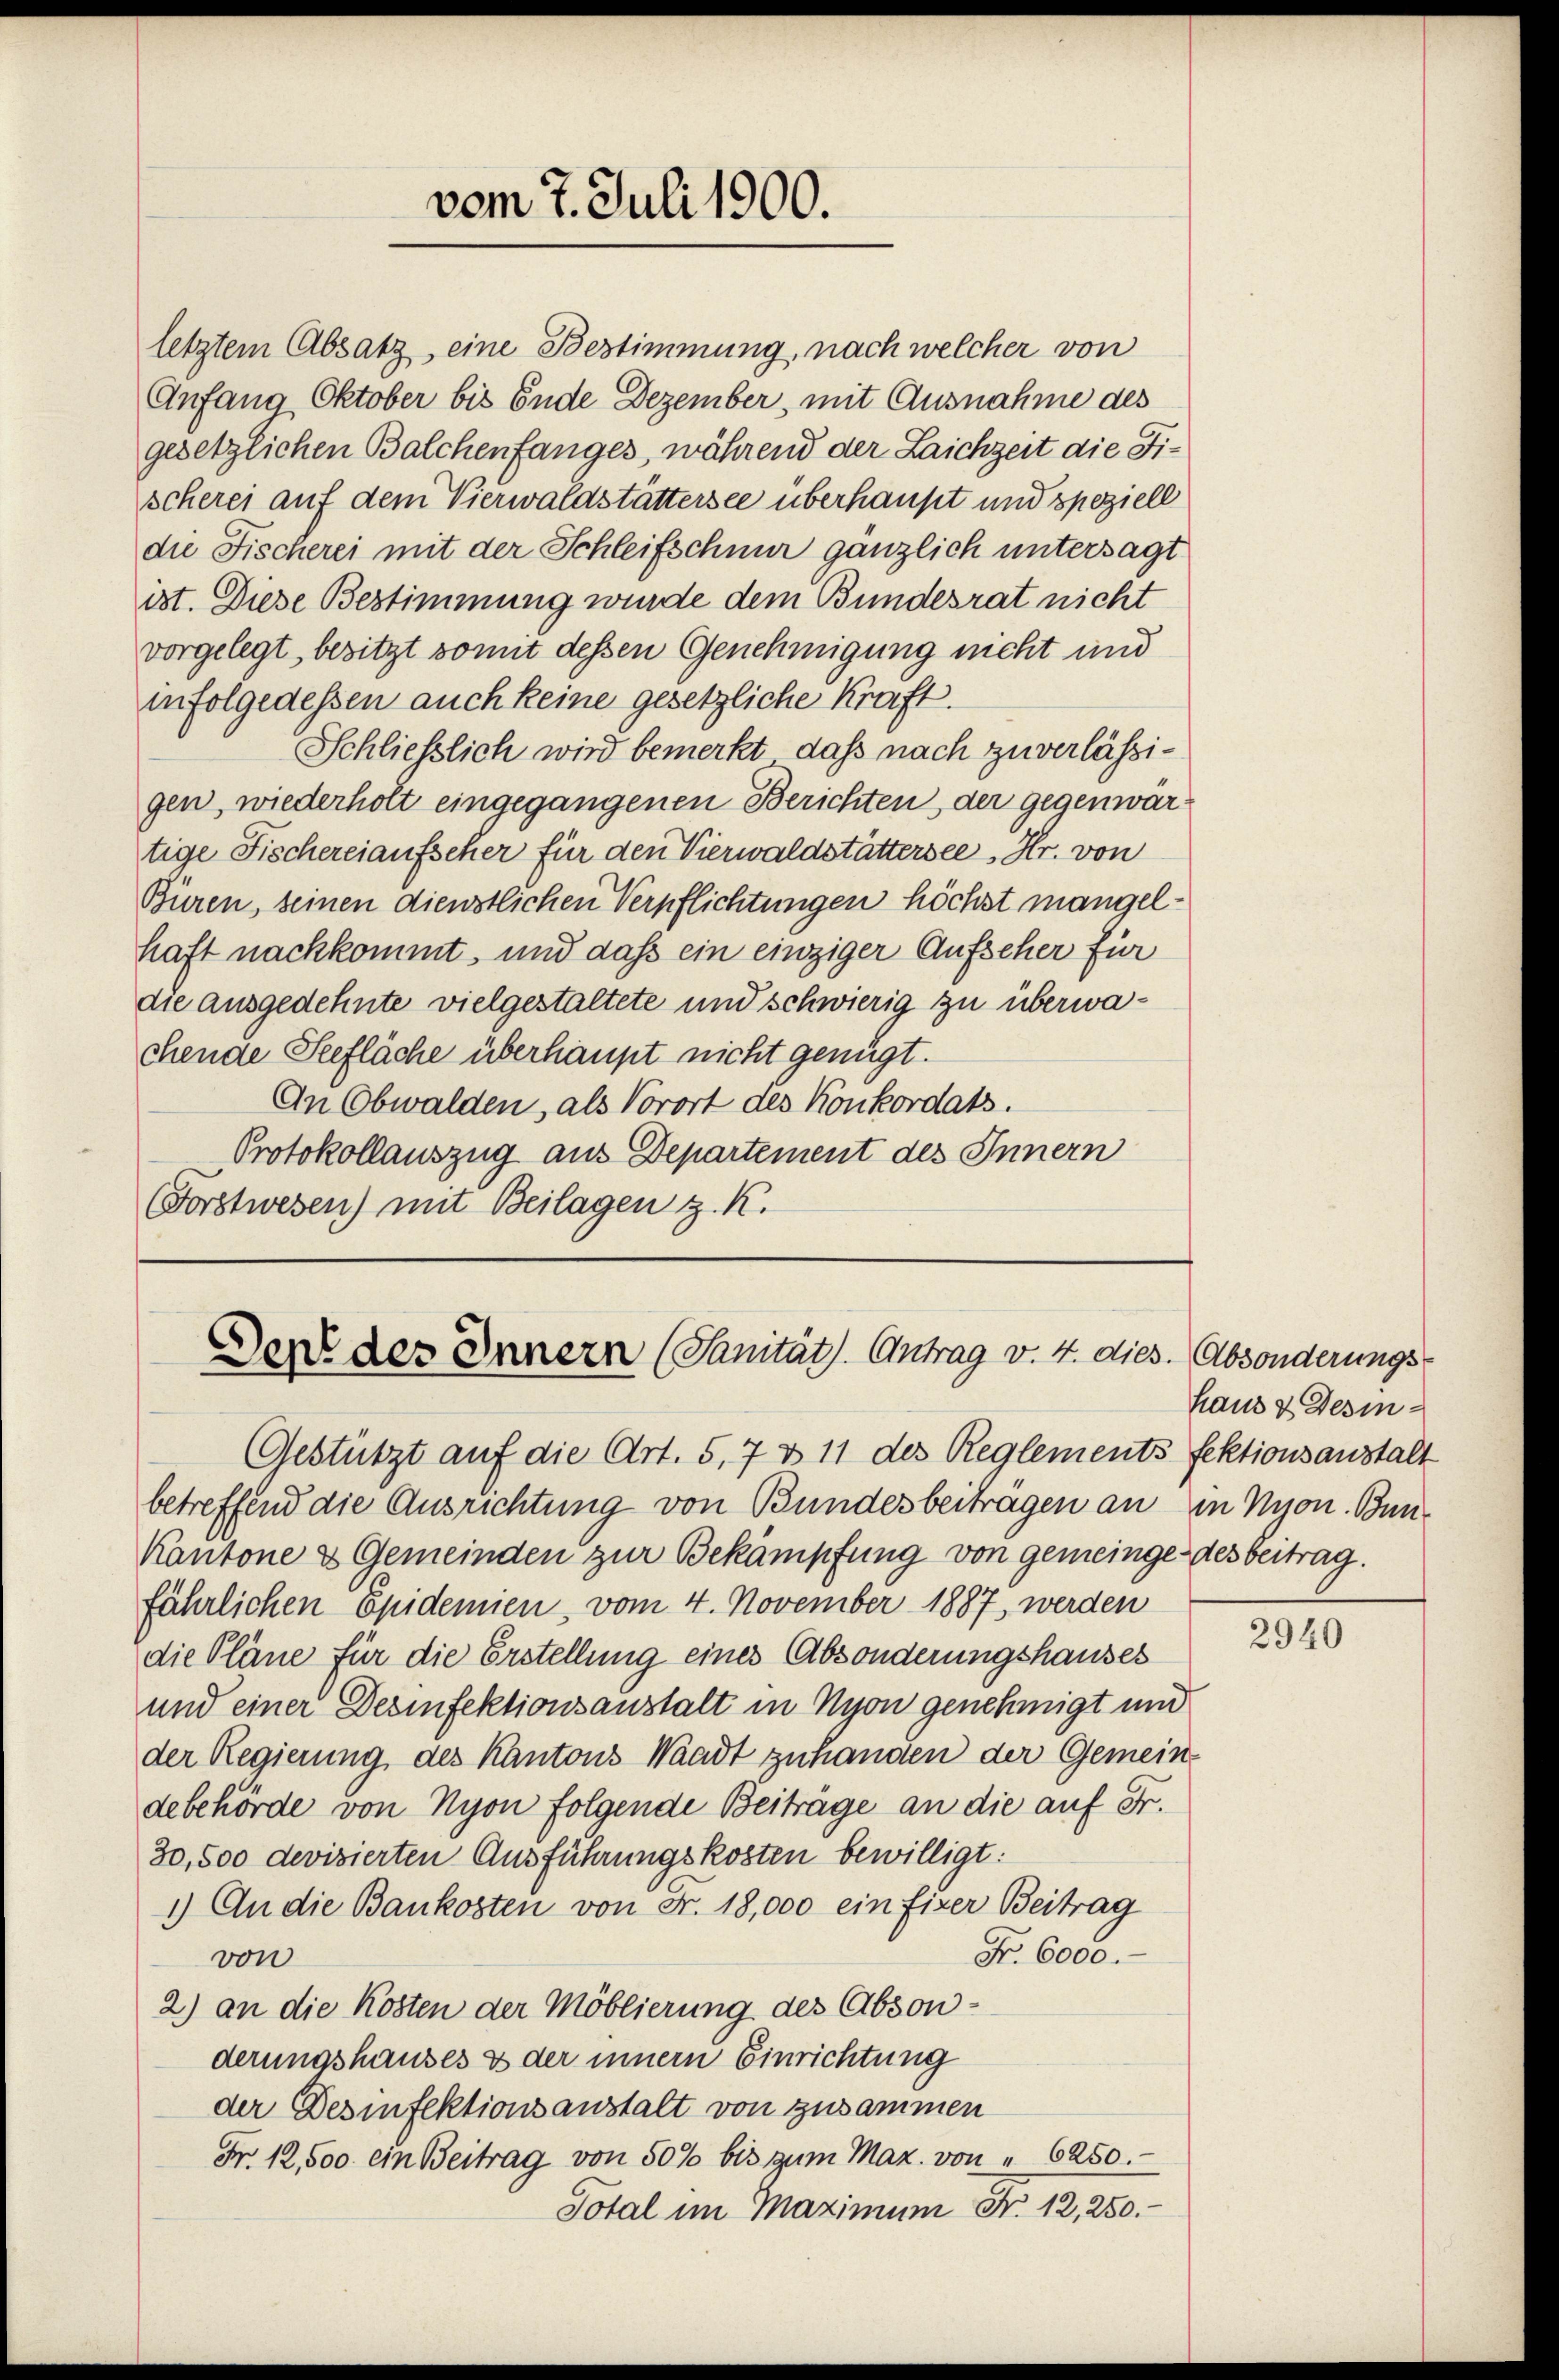
letztem Absatz, eine Bestimmung, nach welcher von
Anfang Oktober bis Ende Dezember, mit Ausnahme des
gesetzlichen Balchenfanges, während der Laichzeit die Fischerei auf dem Vierwaldstättersee überhaupt und speziell
die Fischerei mit der Schleifschnur gänzlich untersagt
ist. Diese Bestimmung wurde dem Bundesrat nicht
vorgelegt, besitzt somit dessen Genehmigung nicht und
infolgedessen auch keine gesetzliche Kraft.
Schließlich wird bemerkt, daß nach zuverlässigen, wiederholt eingegangenen Berichten, der gegenwärtige Fischereiaufscher für den Vierwaldstättersee, Hr. von
Buren, seinen dienstlichen Verpflichtungen höchst mangelhaft nachkommt, und dass ein einziger Aufseher für
die ausgedehnte vielgestaltete und schwierig zu überwachende Seefläche überhaupt nicht genügt.
An (Obwalden, als Vorort des Konkordats.
Protokollauszug aus Departement des Innern
Forstwesen) mit Beilagen z. K.

vom 7. Juli 1900.

Den des Innern (Sanität. Antrag v. 4. dies. Absonderungs-

Gestützt auf die Art. 5,7 & 11 des Reglements fektionsanstalt
betreffend die Ausrichtung von Bundesbeitragen an in Nyon. Bun¬
Kantone & Gemeinden zur Bekämpfung von gemeinge des beitrag.
fährlichen Epidemien, vom 4. November 1887, werden
die Pläne für die Erstellung eines Absonderungshauses
und einer Desinfektionsanstalt in Nyon genehmigt und
der Regierung des Kantons Waadt zuhanden der Gemein
debehörde von Nyon folgende Beiträge an die auf Fr.
30,500 devisierten Ausführungskosten bewilligt:
1.) An die Baukosten von Fr. 18,000 ein fixer Beitrag
Fr. 6000.
von
2) an die Kosten der Möblierung des Absonderungshauses & der innern Einrichtung
der Desinfektionsanstalt von zusammen
Fr. 12,500. ein Beitrag von 50% bis zum Maz. von " 6250.
Total im Maximum Nr. 12, 250.

haus & Desin¬

2940